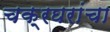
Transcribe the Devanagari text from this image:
चक्रघरांचा